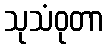
သုသံဝုတာ